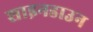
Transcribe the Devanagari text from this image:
शाइनडाउन